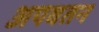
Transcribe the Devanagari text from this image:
अपवतन